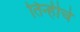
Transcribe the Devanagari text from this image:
तिन्हीचे